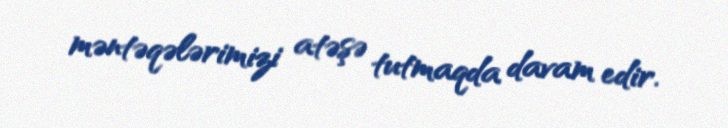
məntəqələrimizi atəşə tutmaqda davam edir.